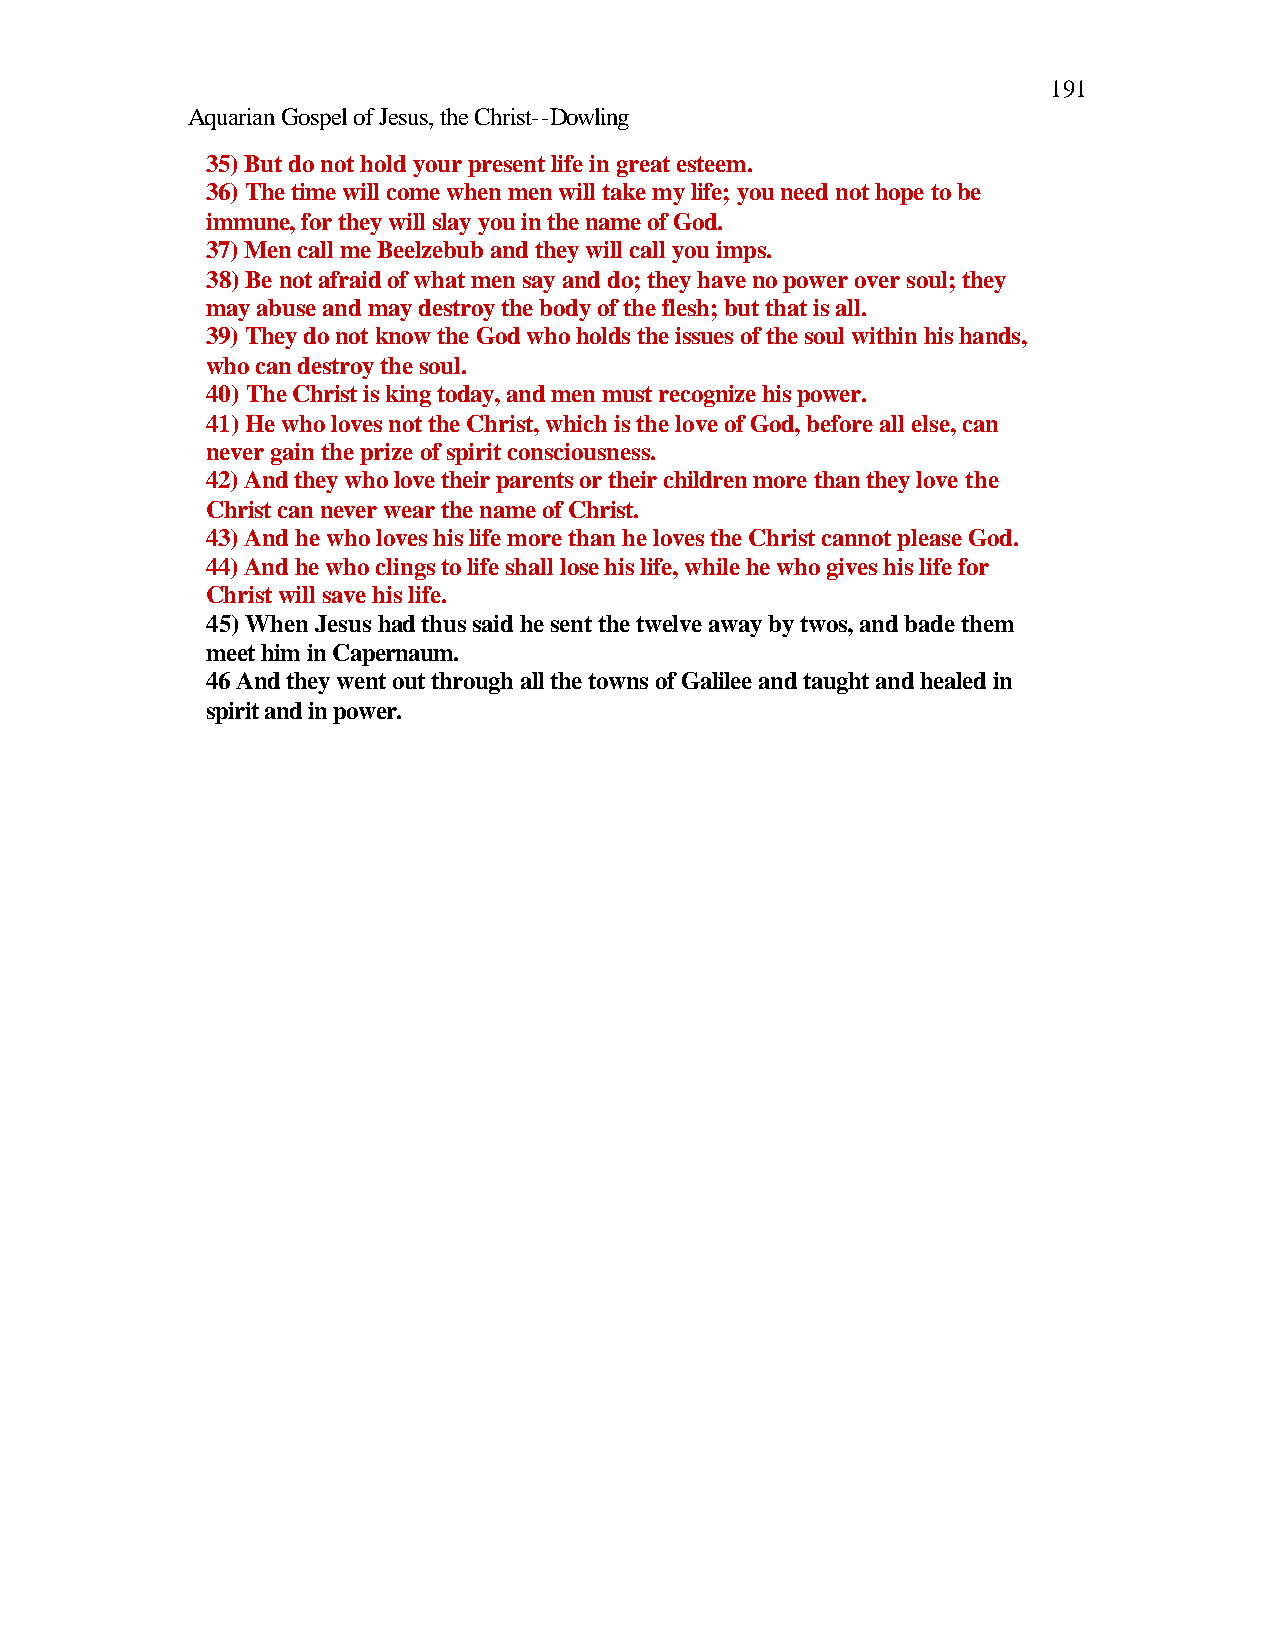
191
 Aquarian Gospel of Jesus, the Christ--Dowling
 35) But do not hold your present life in great esteem.
 36) The time will come when men will take my life; you need not hope to be
 immune, for they will slay you in the name of God.
 37) Men call me Beelzebub and they will call you imps.
 38) Be not afraid of what men say and do; they have no power over soul; they
 may abuse and may destroy the body of the flesh; but that is all.
 39) They do not know the God who holds the issues of the soul within his hands,
 who can destroy the soul.
 40) The Christ is king today, and men must recognize his power.
 41) He who loves not the Christ, which is the love of God, before all else, can
 never gain the prize of spirit consciousness.
 42) And they who love their parents or their children more than they love the
 Christ can never wear the name of Christ.
 43) And he who loves his life more than he loves the Christ cannot please God.
 44) And he who clings to life shall lose his life, while he who gives his life for
 Christ will save his life.
 45) When Jesus had thus said he sent the twelve away by twos, and bade them
 meet him in Capernaum.
 46 And they went out through all the towns of Galilee and taught and healed in
 spirit and in power.